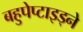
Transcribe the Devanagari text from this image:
बहुपेप्टाइड्ने